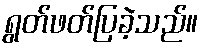
ရွတ်ဖတ်ပြခဲ့သည်။